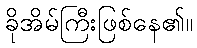
ခိုအိမ်ကြီးဖြစ်နေ၏။